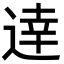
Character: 逹